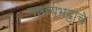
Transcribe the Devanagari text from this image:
नन्नय्यभट्टाचे